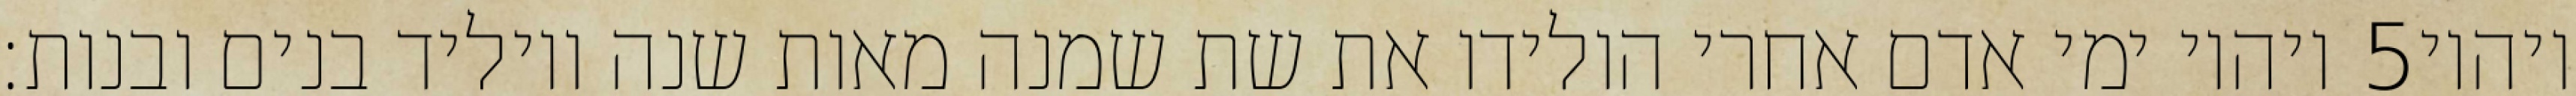
ויהיו ימי אדם אחרי הולידו את שת שמנה מאות שנה ויוליד בנים ובנות׃ ‎5‏ ויהיו